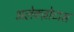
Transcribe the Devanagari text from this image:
अलेक्ज़ोटास